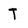
Character: T